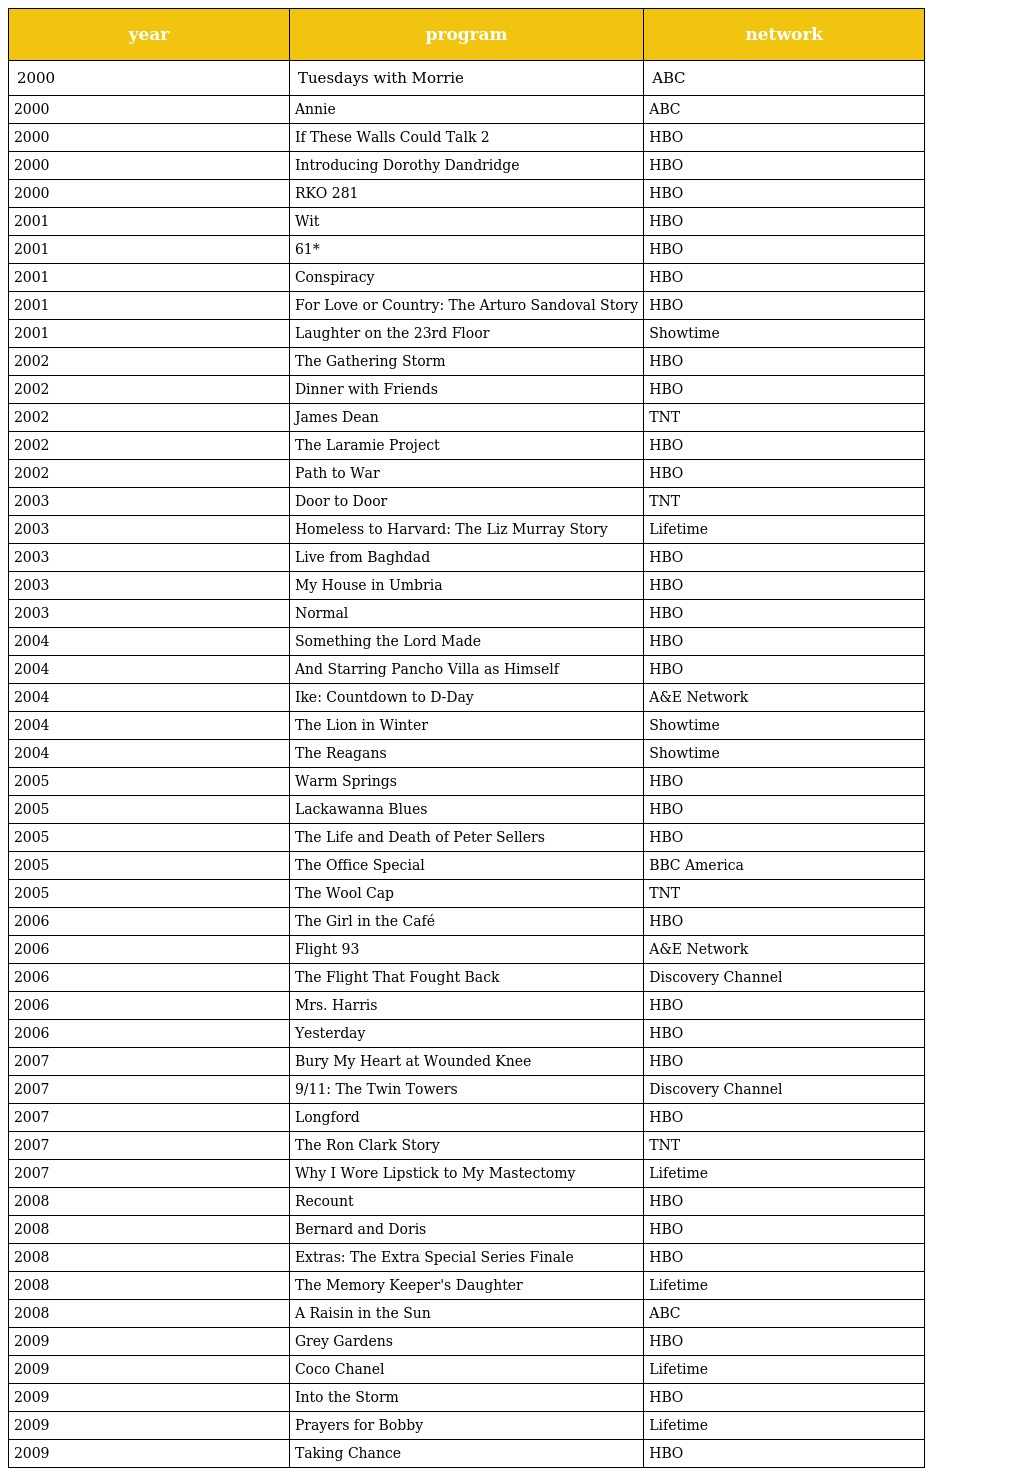
| year | program | network |
 | --- | --- | --- |
 | 2000 | Tuesdays with Morrie | ABC |
 | 2000 | Annie | ABC |
 | 2000 | If These Walls Could Talk 2 | HBO |
 | 2000 | Introducing Dorothy Dandridge | HBO |
 | 2000 | RKO 281 | HBO |
 | 2001 | Wit | HBO |
 | 2001 | 61* | HBO |
 | 2001 | Conspiracy | HBO |
 | 2001 | For Love or Country: The Arturo Sandoval Story | HBO |
 | 2001 | Laughter on the 23rd Floor | Showtime |
 | 2002 | The Gathering Storm | HBO |
 | 2002 | Dinner with Friends | HBO |
 | 2002 | James Dean | TNT |
 | 2002 | The Laramie Project | HBO |
 | 2002 | Path to War | HBO |
 | 2003 | Door to Door | TNT |
 | 2003 | Homeless to Harvard: The Liz Murray Story | Lifetime |
 | 2003 | Live from Baghdad | HBO |
 | 2003 | My House in Umbria | HBO |
 | 2003 | Normal | HBO |
 | 2004 | Something the Lord Made | HBO |
 | 2004 | And Starring Pancho Villa as Himself | HBO |
 | 2004 | Ike: Countdown to D-Day | A&E Network |
 | 2004 | The Lion in Winter | Showtime |
 | 2004 | The Reagans | Showtime |
 | 2005 | Warm Springs | HBO |
 | 2005 | Lackawanna Blues | HBO |
 | 2005 | The Life and Death of Peter Sellers | HBO |
 | 2005 | The Office Special | BBC America |
 | 2005 | The Wool Cap | TNT |
 | 2006 | The Girl in the Café | HBO |
 | 2006 | Flight 93 | A&E Network |
 | 2006 | The Flight That Fought Back | Discovery Channel |
 | 2006 | Mrs. Harris | HBO |
 | 2006 | Yesterday | HBO |
 | 2007 | Bury My Heart at Wounded Knee | HBO |
 | 2007 | 9/11: The Twin Towers | Discovery Channel |
 | 2007 | Longford | HBO |
 | 2007 | The Ron Clark Story | TNT |
 | 2007 | Why I Wore Lipstick to My Mastectomy | Lifetime |
 | 2008 | Recount | HBO |
 | 2008 | Bernard and Doris | HBO |
 | 2008 | Extras: The Extra Special Series Finale | HBO |
 | 2008 | The Memory Keeper's Daughter | Lifetime |
 | 2008 | A Raisin in the Sun | ABC |
 | 2009 | Grey Gardens | HBO |
 | 2009 | Coco Chanel | Lifetime |
 | 2009 | Into the Storm | HBO |
 | 2009 | Prayers for Bobby | Lifetime |
 | 2009 | Taking Chance | HBO |